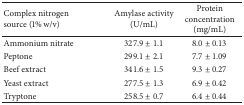
<table><thead><tr><td><b>Complex nitrogen source (1% w/v)</b></td><td><b>Amylase activity (U/mL)</b></td><td><b>Protein concentration (mg/mL)</b></td></tr></thead><tbody><tr><td>Ammonium nitrate</td><td>327.9 ± 1.1</td><td>8.0 ± 0.13</td></tr><tr><td>Peptone</td><td>299.1 ± 2.1</td><td>7.7 ± 1.09</td></tr><tr><td>Beef extract</td><td>341.6 ± 1.5</td><td>9.3 ± 0.27</td></tr><tr><td>Yeast extract</td><td>277.5 ± 1.3</td><td>6.9 ± 0.42</td></tr><tr><td>Tryptone</td><td>258.5 ± 0.7</td><td>6.4 ± 0.44</td></tr></tbody></table>